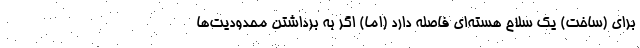
برای (ساخت) یک سلاح هسته‌ای فاصله دارد (اما) اگر به برداشتن محدودیت‌ها